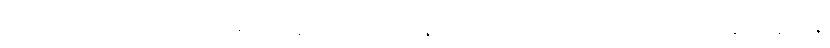
ဧကသဒိသာ၊ ထပ်တူ ထပ်မျှတူကုန်သော။ ဒွေပိ၊ နှစ်ယောက်သော သူတို့သည်လည်း။ နတ္ထိ နသိန္တိ၊